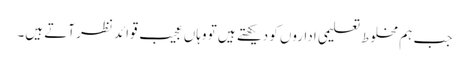
جب ہم مخلوط تعلیمی اداروں کو دیکھتے ہیں تو وہاں عجیب قوائد نظر آتے ہیں۔